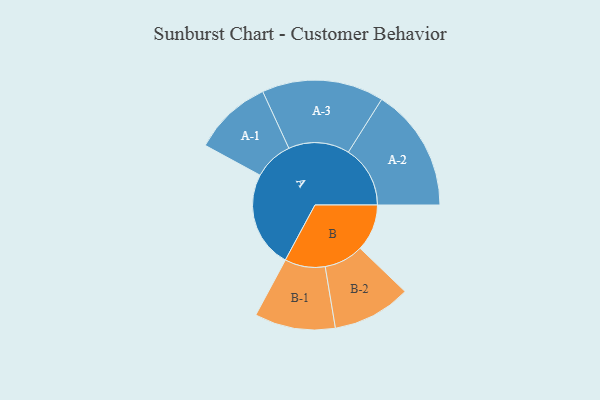
{"axis": {"x": "Segment", "y": "Value"}, "legend": ["", "A", "B"], "data": [{"x": "A", "y": 459, "type": ""}, {"x": "B", "y": 223, "type": ""}, {"x": "A-1", "y": 187, "type": "A"}, {"x": "A-2", "y": 294, "type": "A"}, {"x": "A-3", "y": 290, "type": "A"}, {"x": "B-1", "y": 192, "type": "B"}, {"x": "B-2", "y": 187, "type": "B"}]}